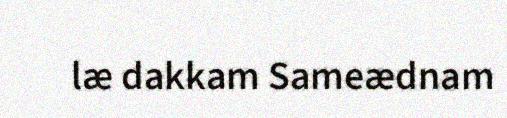
læ dakkam Sameædnam